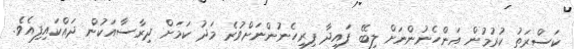
ކަސްރަތު ކުރުމުން އަންހެނުންނަށް ލިބޭ ފައިދާ ފިރިހެނުންނަށްވުރެ މަދު ކަމަށް ދިރާސާއަކުން ދައްކައިފިއެވެ.